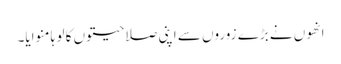
انھوں نے بڑے زوروں سے اپنی صلاحیتوں کا لو ہا منوایا۔